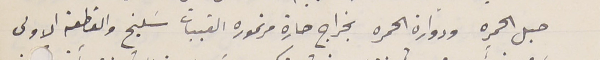
حبل الحمره ودوارة الحمره بخراج حارة مرتموره القيبات سَليخ والقطعة الاولى